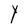
Character: Y